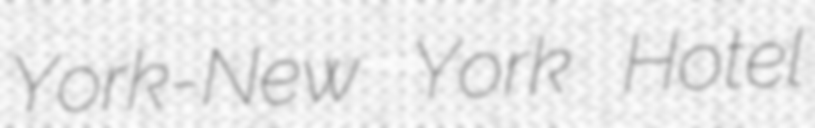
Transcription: York-New York Hotel